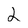
Character: 2